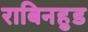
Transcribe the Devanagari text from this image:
राबिनहुड